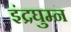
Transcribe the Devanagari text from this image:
इंद्रघुम्न